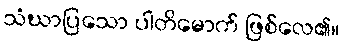
သံဃာပြသော ပါတိမောက် ဖြစ်လေ၏။